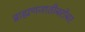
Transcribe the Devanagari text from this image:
ब्राह्मणजातीबरोबर